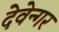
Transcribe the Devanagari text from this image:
देवेन्गर